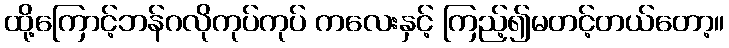
ထို့ကြောင့်ဘန်ဂလိုကုပ်ကုပ် ကလေးနှင့် ကြည့်၍မတင့်တယ်တော့။